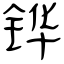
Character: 铧